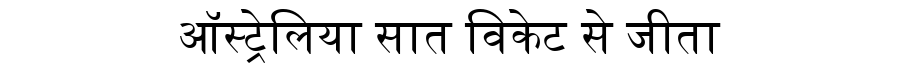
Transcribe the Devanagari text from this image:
ऑस्ट्रेलिया सात विकेट से जीता